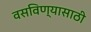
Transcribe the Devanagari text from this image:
वसविण्यासाठी